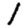
Digit: 1